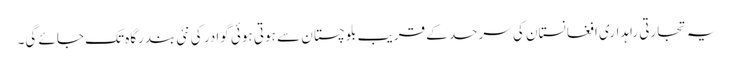
یہ تجارتی راہداری افغانستان کی سرحد کے قریب بلوچستان سے ہوتی ہوئی گوادر کی نئی بندرگاہ تک جائے گی۔